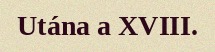
Utána a XVIII.